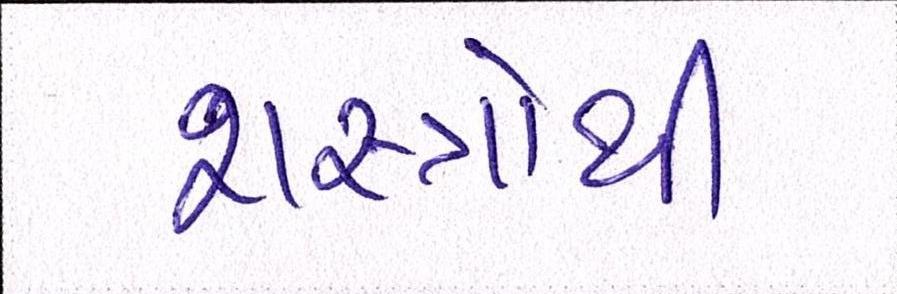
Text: શસ્ત્રોથી